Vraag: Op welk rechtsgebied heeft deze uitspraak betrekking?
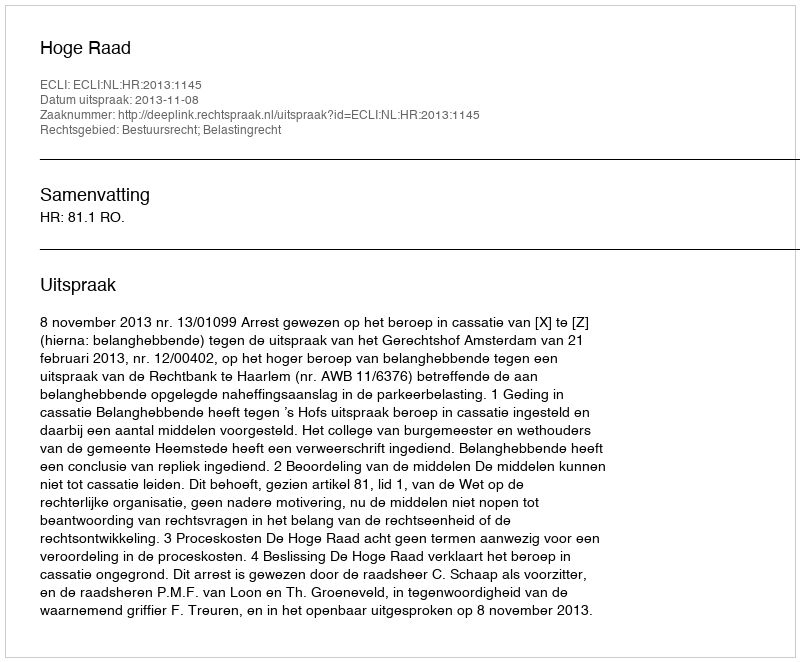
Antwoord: Bestuursrecht; Belastingrecht